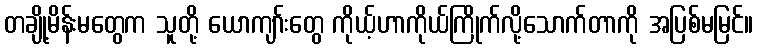
တချို့မိန်းမတွေက သူတို့ ယောကျာ်းတွေ ကိုယ့်ဟာကိုယ်ကြိုက်လို့သောက်တာကို အပြစ်မမြင်။